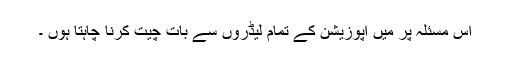
اس مسئلہ پر میں اپوزیشن کے تمام لیڈروں سے بات چیت کرنا چاہتا ہوں ۔